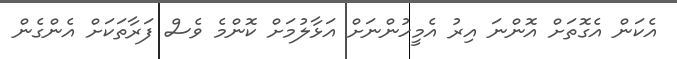
އެކަން އެގޮތަށް އޮންނަ އިރު އެމީހުންނަށް އަޅާލުމަށް ކޮންމެ ވެސް ފަރާތަކަށް އެންގެން